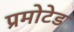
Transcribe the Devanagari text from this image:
प्रमोटेड